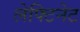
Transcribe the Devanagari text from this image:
लेफ्टिनेट